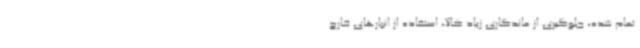
تمام شده، جلوگیری از ماندگاری زیاد کالا، استفاده از انبارهای خارج